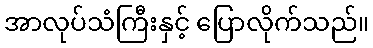
အာလုပ်သံကြီးနှင့် ပြောလိုက်သည်။